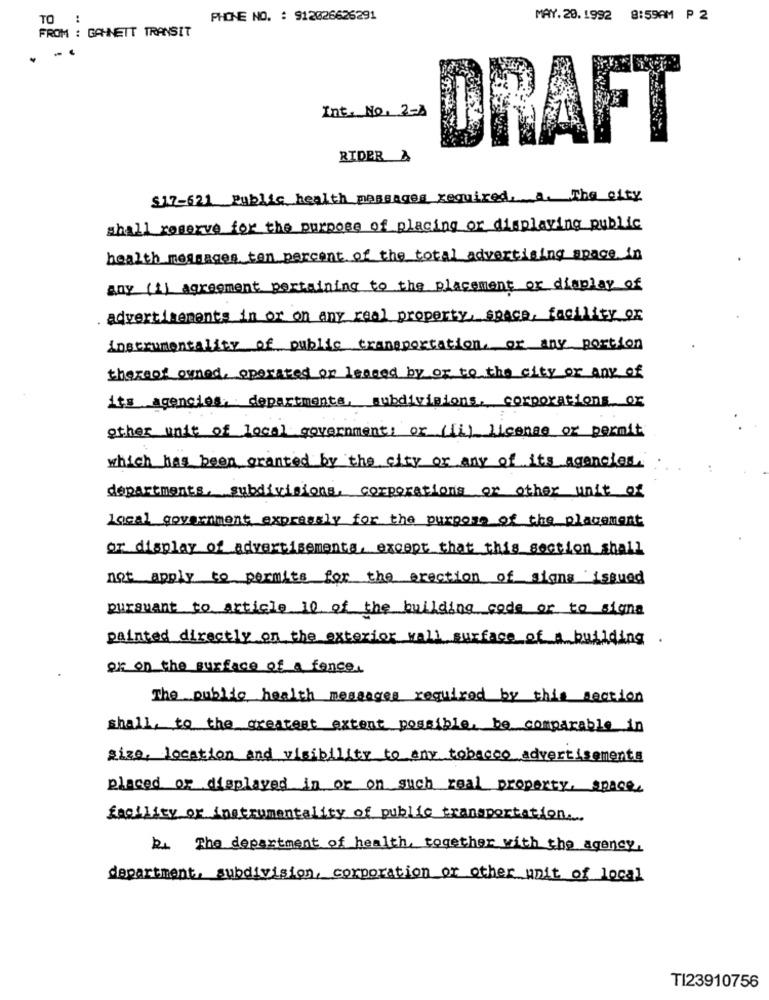
TO :
PHONE NO. : 912026626291
MAY. 20. 1992 8:59AM P 2
FROM : GAHNETT TRANSIT
Int. NO. 2-A
DRAFT
RIDER &
$17-621 Public health passages required, a. The city
shall reserve for the purpose of placing or displaying public
health messages ten percent of the total advertising space in
any (1) agreement pertaining to the placement or display of
advertisements in or on any real property, space, facility or
instrumentality of public transportation, or any portion
thereof owned, operated or leaged by or to the city or any of
it's agencies, departments, subdivisions, corporations or
other unit of local government; or (ii) license or permit
which has been granted by the city or any of its agencies.
departments, subdivisions, corporations or other unit of
Local government expressly for the purpose of the placement
or display of advertisements, except that this section shall
not apply to permits for the erection of signs issued
pursuant to article 10 of the building code or to signa
painted directly on the exterior wall surface of a building .
or on the surface of a fence.
The public health messages required by this section
shall, to the greatest extent possible, be comparable in
size, location and visibility to any tobacco advertisements
placed or displayed in or on such real property, space.
facility or instrumentality of public transportation ..
b1 The department of health, together with the agency,
department, subdivision, corporation or other unit of local
TI23910756